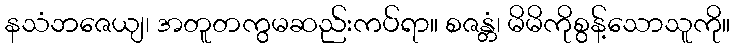
နသံဘဇေယျ၊ အတူတကွမဆည်းကပ်ရာ။ စဇန္တံ၊ မိမိကိုစွန့်သောသူကို။